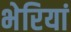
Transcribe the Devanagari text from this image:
भेरियां